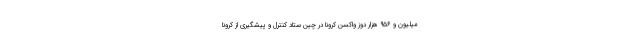
میلیون و ۹۵۶ هزار دوز واکسن کرونا در چین ستاد کنترل و پیشگیری از کرونا